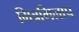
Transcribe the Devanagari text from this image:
मित्रमिलाप